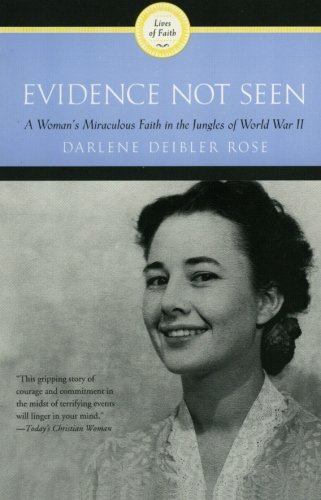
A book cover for Evidence Not Seen: A Woman's Miraculous Faith in the Jungles of World War II; Darlene  Deibler Rose; Biographies & Memoirs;